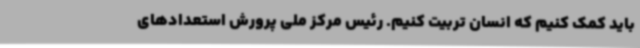
باید کمک کنیم که انسان تربیت کنیم. رئیس مرکز ملی پرورش استعدادهای